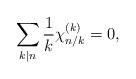
LaTeX: \begin{align*}\sum _{k|n}\frac{1}{k}\chi ^{(k)}_{n/k} =0,\end{align*}